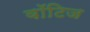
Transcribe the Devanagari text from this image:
वॉटिज